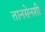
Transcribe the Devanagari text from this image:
तानसेनशी